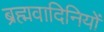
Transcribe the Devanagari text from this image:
ब्रह्मवादिनियों